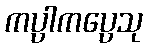
ကပ္ပါကပ္ပေသု